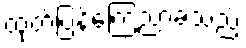
ထုတ်ပြန်ကြေညာခဲ့သည့်